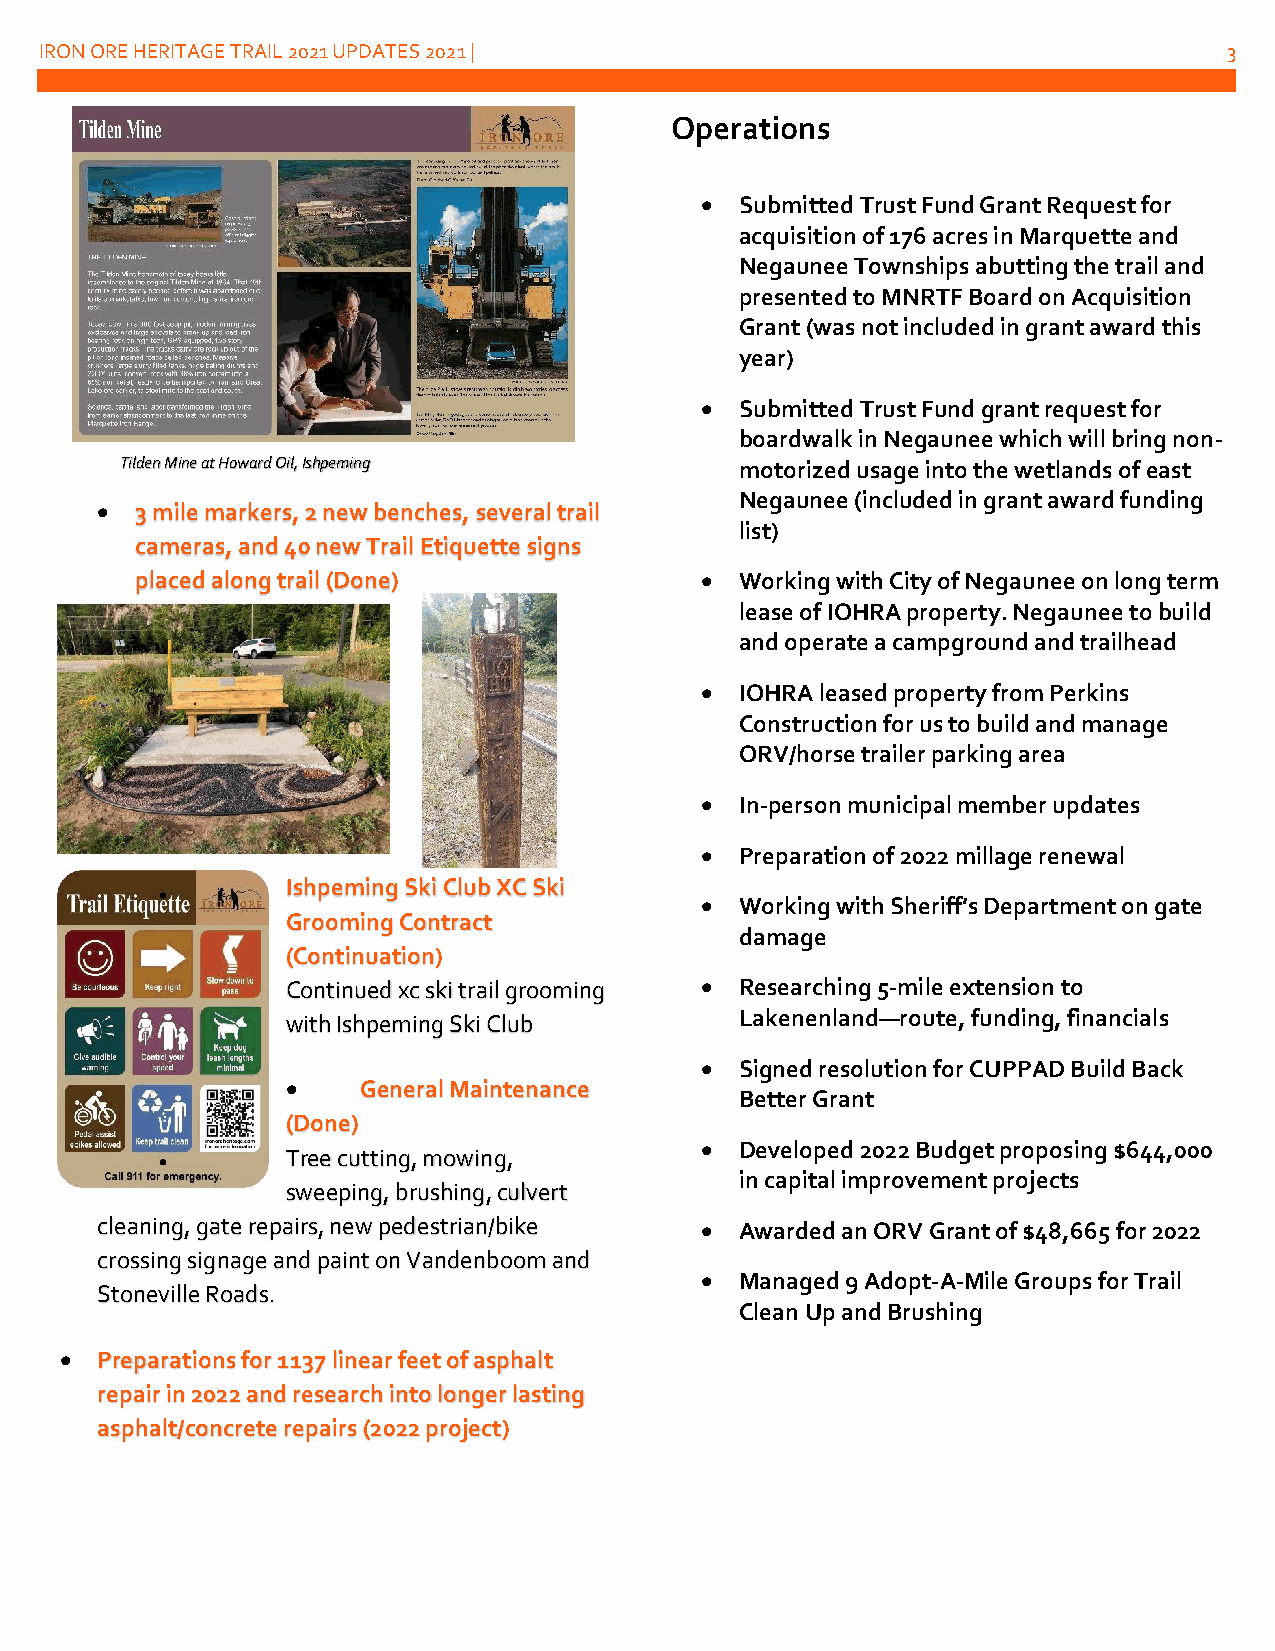
IRON ORE HERITAGE TRAIL 2021 UPDATES 2021 |                                   3
 Operations
 •  Submitted Trust Fund Grant Request for
 acquisition of 176 acres in Marquette and
 Negaunee Townships abutting the trail and
 presented to MNRTF Board on Acquisition
 Grant (was not included in grant award this
 year)
 •  Submitted Trust Fund grant request for
 boardwalk in Negaunee which will bring non-
 Figure Tilden Mine at Howard Oil, Ishpeming motorized usage into the wetlands of east
 Negaunee (included in grant award funding
 •  3 mile markers, 2 new benches, several trail
 list)
 cameras, and 40 new Trail Etiquette signs
 placed along trail (Done)            •  Working with City of Negaunee on long term
 lease of IOHRA property. Negaunee to build
 and operate a campground and trailhead
 •  IOHRA leased property from Perkins
 Construction for us to build and manage
 ORV/horse trailer parking area
 •  In-person municipal member updates
 •  Preparation of 2022 millage renewal
 Ishpeming Ski Club XC Ski
 •  Working with Sheriff’s Department on gate
 Grooming Contract
 damage
 (Continuation)
 Continued xc ski trail grooming • Researching 5-mile extension to
 with Ishpeming Ski Club       Lakenenland—route, funding, financials
 •  Signed resolution for CUPPAD Build Back
 •    General Maintenance
 Better Grant
 (Done)
 •  Developed 2022 Budget proposing $644,000
 Tree cutting, mowing,
 in capital improvement projects
 sweeping, brushing, culvert
 cleaning, gate repairs, new pedestrian/bike • Awarded an ORV Grant of $48,665 for 2022
 crossing signage and paint on Vandenboom and
 •  Managed 9 Adopt-A-Mile Groups for Trail
 Stoneville Roads.
 Clean Up and Brushing
 • Preparations for 1137 linear feet of asphalt
 repair in 2022 and research into longer lasting
 asphalt/concrete repairs (2022 project)